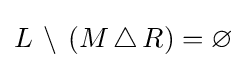
L\,\setminus \,(M\,\triangle \,R)=\varnothing